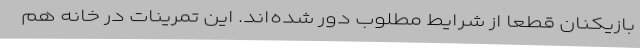
بازیکنان قطعا از شرایط مطلوب دور شده‌اند. این تمرینات در خانه هم